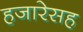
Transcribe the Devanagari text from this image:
हजारेसह